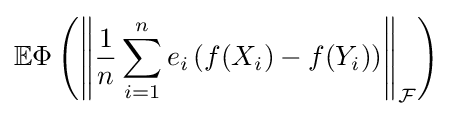
\mathbb {E} \Phi \left(\left\|{\dfrac {1}{n}}\sum _{i=1}^{n}e_{i}\left(f(X_{i})-f(Y_{i})\right)\right\|_{\mathcal {F}}\right)